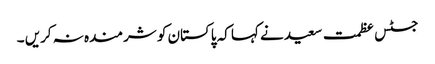
جسٹس عظمت سعید نے کہا کہ پاکستان کو شرمندہ نہ کریں ۔